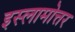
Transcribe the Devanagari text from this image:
इस्लामोत्तर